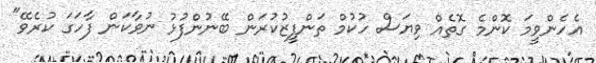
އެހެންވީމަ ކޮންމެ ގޮތެއް ވިޔަސް ހުކުމް ތަންފީޒުކުރަން ބޭނުންފުޅު ނުވާކަން ފާހަގަ ކުރެވޭ"